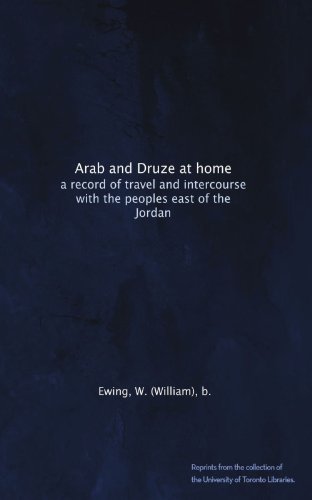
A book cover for Arab and Druze at home: a record of travel and intercourse with the peoples east of the Jordan; W. (William), b., . Ewing; Travel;